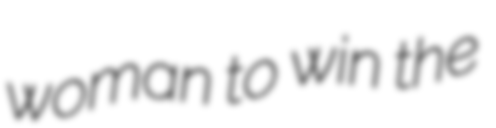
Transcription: woman to win the